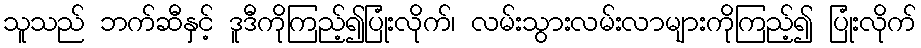
သူသည် ဘက်ဆီနှင့် ဒူဒီကိုကြည့်၍ပြုံးလိုက်၊ လမ်းသွားလမ်းလာများကိုကြည့်၍ ပြုံးလိုက်